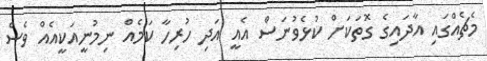
މެޗެއްގައި އާދައިގެ ގޮތަކަށް ކުޅެވުނަސް އެއީ އަދި ހުރިހާ ކަމެއް ނިމުނީއަކީއެއް ވެސް